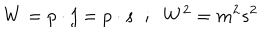
W = p \cdot j = p \cdot s \; \; ; \; \; W ^ { 2 } = m ^ { 2 } s ^ { 2 }